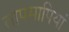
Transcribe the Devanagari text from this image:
तापमापियां